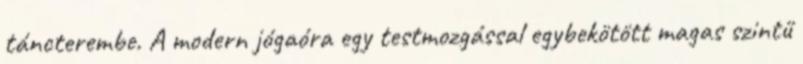
táncterembe. A modern jógaóra egy testmozgással egybekötött magas szintű